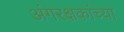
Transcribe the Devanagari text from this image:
अंगरक्षकांच्या